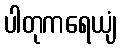
ပါတုကရေယျံ